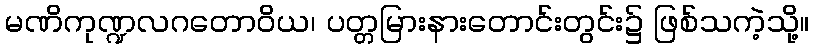
မဏိကုဏ္ဍလဂတောဝိယ၊ ပတ္တမြားနားတောင်းတွင်း၌ ဖြစ်သကဲ့သို့။